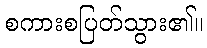
စကားစပြတ်သွား၏။